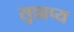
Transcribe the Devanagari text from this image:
सुप्राप्य